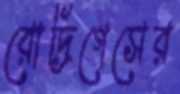
রোদ্রিগেসের